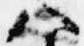
八